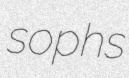
sophs